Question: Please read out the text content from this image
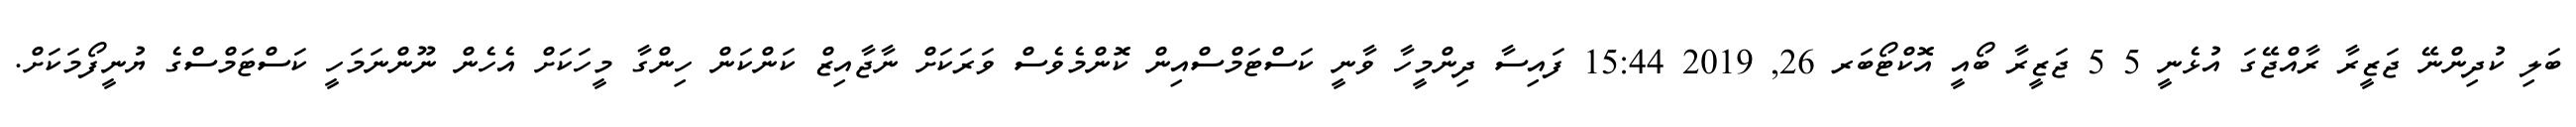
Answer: ބަލި ކުދިންނޭ ޖަޒީރާ ރާއްޖޭގަ އުޅެނީ 5 5 ޖަޒީރާ ބޯއީ އޮކްޓޯބަރ 26, 2019 15:44 ފައިސާ ދިންމީހާ ވާނީ ކަސްޓަމްސްއިން ކޮންމެވެސް ވަރަކަށް ނާޖާއިޒް ކަންކަން ހިންގާ މީހަކަށް އެހެން ނޫންނަމަހީ ކަސްޓަމްސްގެ ޔުނީފޯމަކަށް.